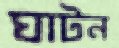
ঘাটন